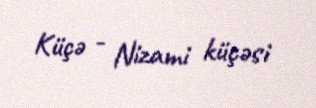
Küçə - Nizami küçəsi